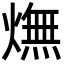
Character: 㷻